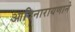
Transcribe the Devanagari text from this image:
आदिनारायणाने